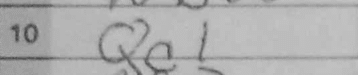
Transcription: Qe1